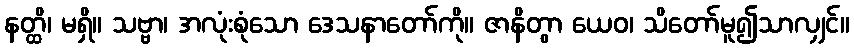
နတ္ထိ၊ မရှိ။ သဗ္ဗာ၊ အလုံးစုံသော ဒေသနာတော်ကို။ ဇာနိတွာ ယေဝ၊ သိတော်မူ၍သာလျှင်။